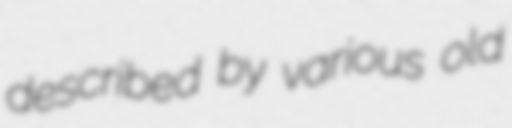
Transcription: described by various old